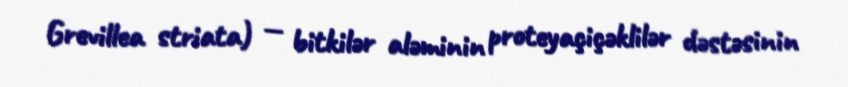
Grevillea striata) — bitkilər aləminin proteyaçiçəklilər dəstəsinin